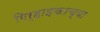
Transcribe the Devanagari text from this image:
गिर्हाइकाच्या